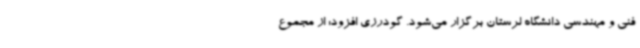
فنی و مهندسی دانشگاه لرستان برگزار می‌شود. گودرزی افزود: از مجموع